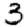
Digit: 3